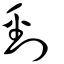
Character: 剄